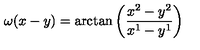
\omega ( x - y ) = \arctan \left( \frac { x ^ { 2 } - y ^ { 2 } } { x ^ { 1 } - y ^ { 1 } } \right)